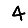
Digit: 4